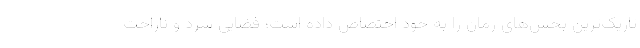
تاریک‌ترین بخش‌های رمان را به خود اختصاص داده است؛ فضایی سرد و ناراحت